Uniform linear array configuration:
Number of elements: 12
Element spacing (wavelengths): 0.25
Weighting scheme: binomial
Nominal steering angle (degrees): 15
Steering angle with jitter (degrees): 16.032
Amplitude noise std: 0.05
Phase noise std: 0.05

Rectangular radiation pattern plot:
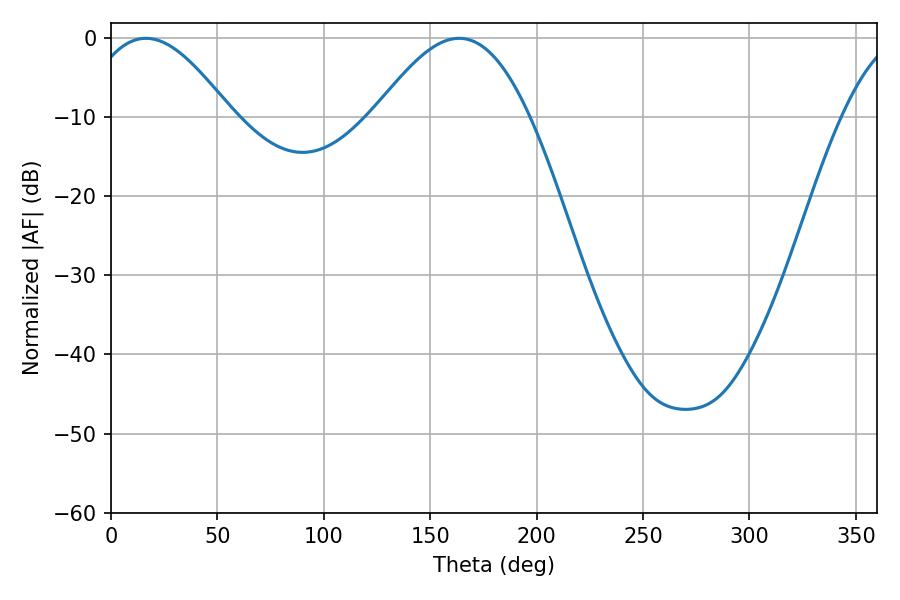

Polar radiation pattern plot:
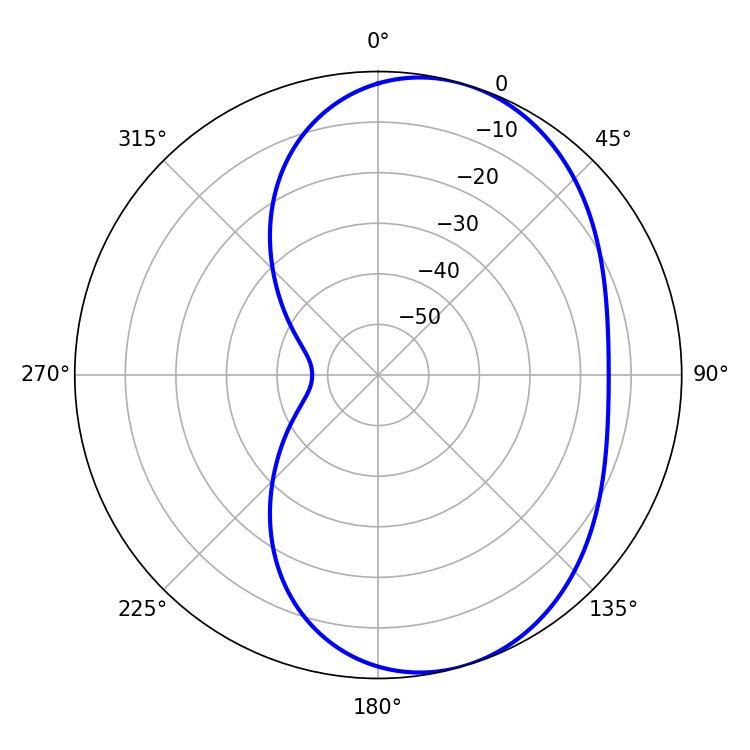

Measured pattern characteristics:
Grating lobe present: FALSE
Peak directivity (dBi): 6.016
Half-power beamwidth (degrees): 37.26
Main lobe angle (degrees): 16.38